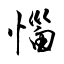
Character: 惱